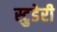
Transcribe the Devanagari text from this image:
स्टुडेरी